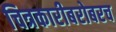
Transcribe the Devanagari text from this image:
चित्रकारीबरोबरच